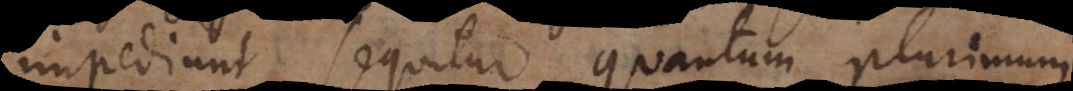
impediunt, sequitur quantum plurimum